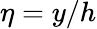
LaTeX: \eta=y/h